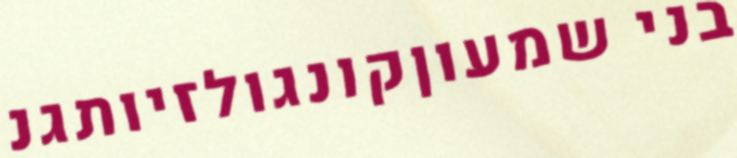
בני שמעוןקונגולזיותגנ